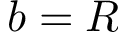
b = R